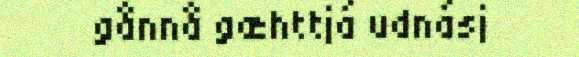
gånnå gæhttjá udnásj